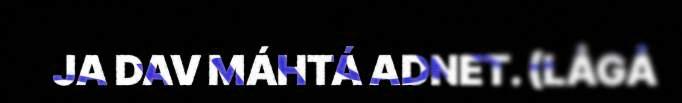
JA DAV MÁHTÁ ADNET. (LÅGÅ